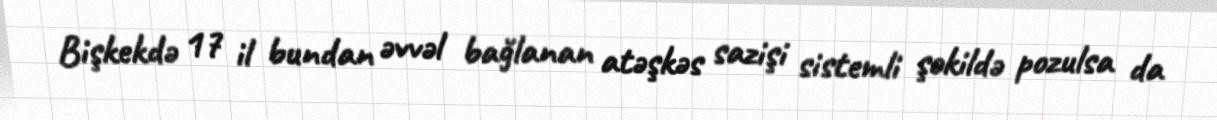
Bişkekdə 17 il bundan əvvəl bağlanan atəşkəs sazişi sistemli şəkildə pozulsa da